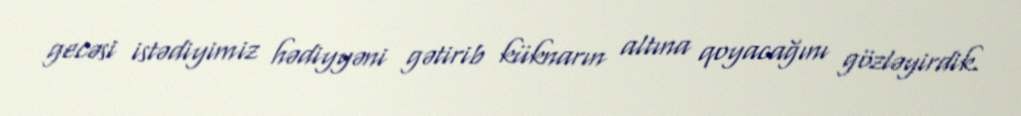
gecəsi istədiyimiz hədiyyəni gətirib küknarın altına qoyacağını gözləyirdik.